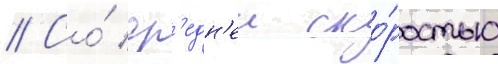
// Со́ ср'едн'еи ско́ростью